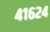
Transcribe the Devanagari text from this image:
४१६२४